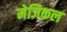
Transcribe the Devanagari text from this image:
मेजिकल